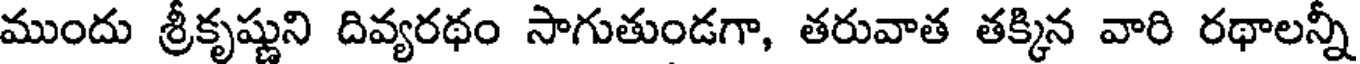
ముందు శ్రీకృష్ణుని దివ్యరథం సాగుతుండగా, తరువాత తక్కిన వారి రథాలన్నీ